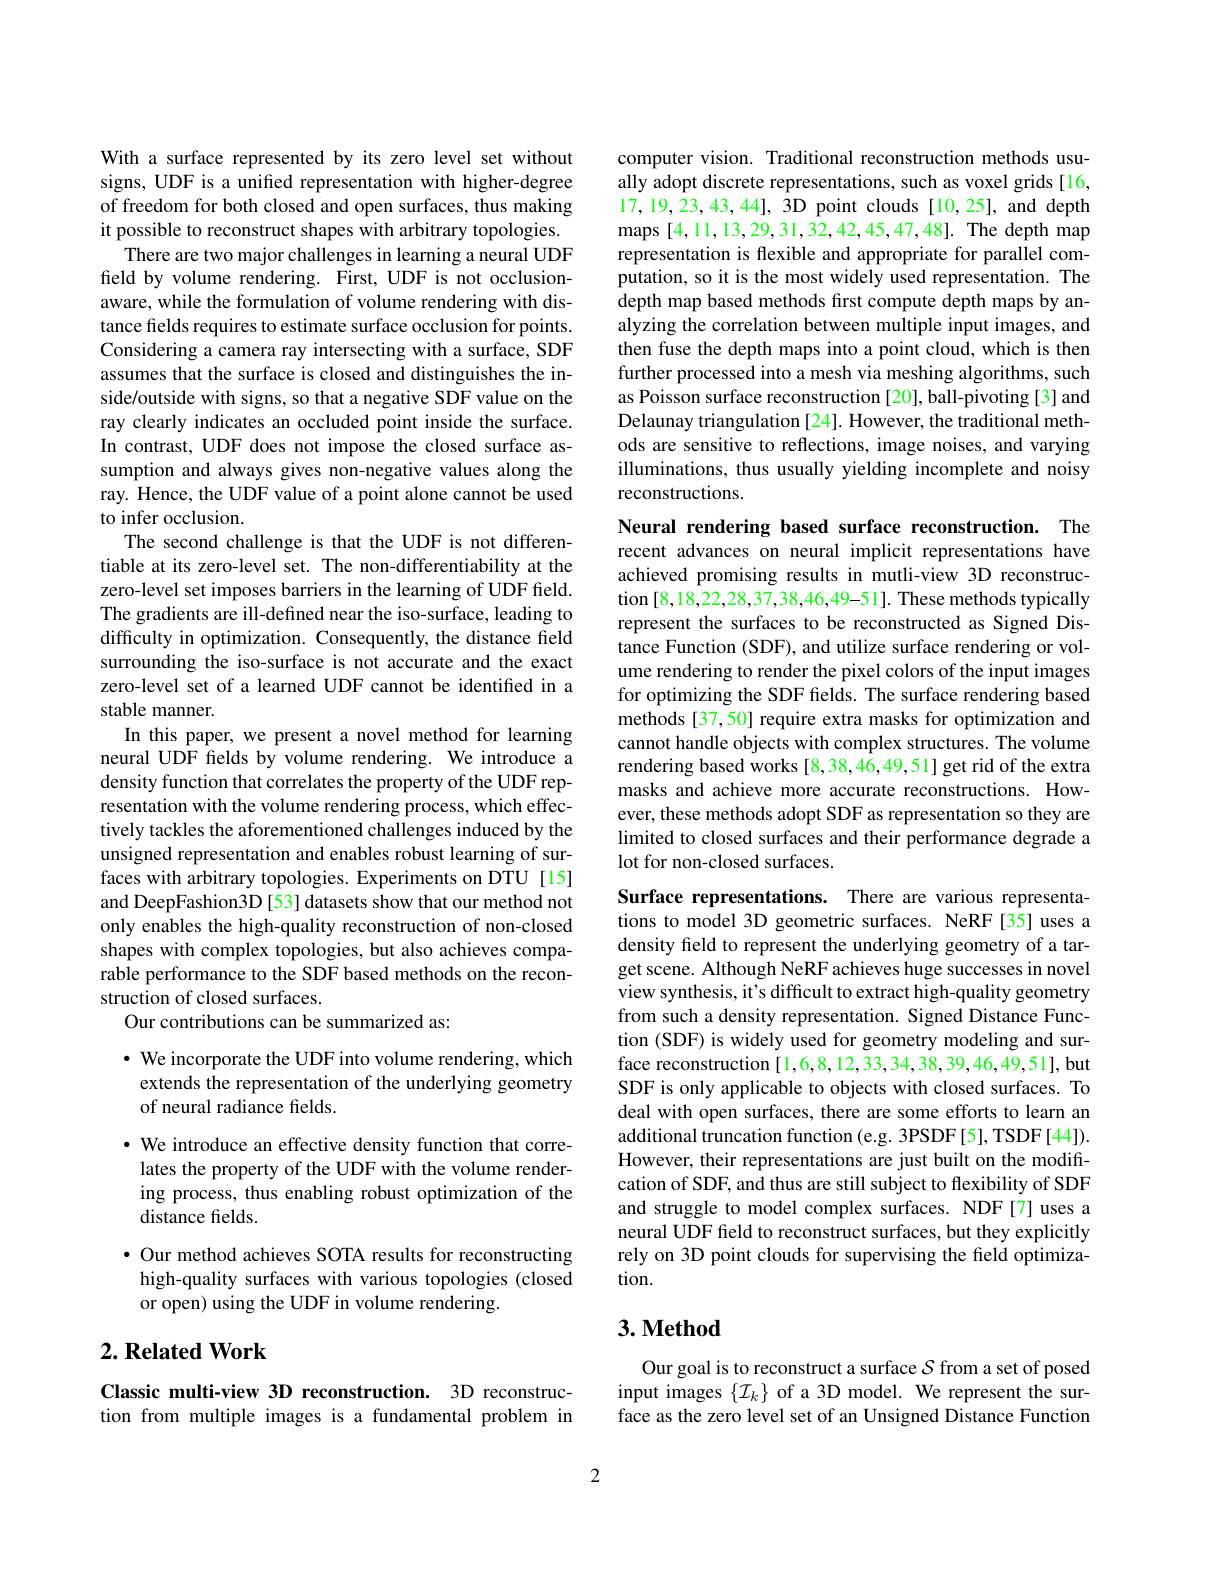
With a surface represented by its zero level set without signs, UDF is a unified representation with higher-degree of freedom for both closed and open surfaces, thus making it possible to reconstruct shapes with arbitrary topologies.
There are two major challenges in learning a neural UDF field by volume rendering. First, UDF is not occlusionaware, while the formulation of volume rendering with distance fields requires to estimate surface occlusion for points. Considering a camera ray intersecting with a surface, SDF assumes that the surface is closed and distinguishes the inside/outside with signs, so that a negative SDF value on the ray clearly indicates an occluded point inside the surface. In contrast, UDF does not impose the closed surface assumption and always gives non-negative values along the ray. Hence, the UDF value of a point alone cannot be used to infer occlusion.
The second challenge is that the UDF is not differentiable at its zero-level set. The non-differentiability at the zero-level set imposes barriers in the learning of UDF field. The gradients are ill-defined near the iso-surface, leading to difficulty in optimization. Consequently, the distance field surrounding the iso-surface is not accurate and the exact zero-level set of a learned UDF cannot be identified in a stable manner.
In this paper, we present a novel method for learning neural UDF fields by volume rendering. We introduce a density function that correlates the property of the UDF representation with the volume rendering process, which effectively tackles the aforementioned challenges induced by the unsigned representation and enables robust learning of surfaces with arbitrary topologies. Experiments on DTU [15] and DeepFashion3D [53] datasets show that our method not only enables the high-quality reconstruction of non-closed shapes with complex topologies, but also achieves comparable performance to the SDF based methods on the reconstruction of closed surfaces.
Our contributions can be summarized as:

$\cdot$ We incorporate the UDF into volume rendering, which extends the representation of the underlying geometry## of neural radiance fields.

· We introduce an effective density function that corre-
lates the property of the UDF with the volume rendering process, thus enabling robust optimization of the distance fields.

· Our method achieves SOTA results for reconstructing high-quality surfaces with various topologies (closed or open) using the UDF in volume rendering.

## $2. \textbf{Related Work}$

Classic multi-view 3D reconstruction. 3D reconstruction from multiple images is a fundamental problem in

computer vision. Traditional reconstruction methods usually adopt discrete representations, such as voxel grids [16, $17,19,23,43,44],\bar{3}$D point clouds[10,25], and depth maps [4,11,13,29,31,32,42,45,47,48]. The depth map representation is flexible and appropriate for parallel computation, so it is the most widely used representation. The depth map based methods first compute depth maps by analyzing the correlation between multiple input images, and then fuse the depth maps into a point cloud, which is then further processed into a mesh via meshing algorithms, such as Poisson surface reconstruction [20], ball-pivoting [3] and Delaunay triangulation [24]. However, the traditional methods are sensitive to reflections, image noises, and varying illuminations, thus usually yielding incomplete and noisy reconstructions.

Neural rendering based surface reconstruction. The recent advances on neural implicit representations have achieved promising results in mutli-view 3D reconstruction [8,18,22,28,37,38,46,49-51]. These methods typically represent the surfaces to be reconstructed as Signed Distance Function (SDF), and utilize surface rendering or volume rendering to render the pixel colors of the input images for optimizing the SDF felds. The surface rendering based methods [37,50] require extra masks for optimization and cannot handle objects with complex structures. The volume rendering based works [8,38,46,49,51] get rid of the extra masks and achieve more accurate reconstructions. However, these methods adopt SDF as representation so they are limited to closed surfaces and their performance degrade a lot for non-closed surfaces.

Surface representations. There are various representations to model 3D geometric surfaces. NeRF[35] uses a density field to represent the underlying geometry of a target scene. Although NeRF achieves huge successes in novel view synthesis, it's difficult to extract high-quality geometry from such a density representation. Signed Distance Function (SDF) is widely used for geometry modeling and surface reconstruction [1,6,8,12,33,34,38,39,46,49,51],but SDF is only applicable to objects with closed surfaces. To deal with open surfaces, there are some efforts to learn an additional truncation function (e.g. 3PSDF[5], TSDF[44]). However, their representations are just built on the modification of SDF, and thus are still subject to flexibility of SDF and struggle to model complex surfaces. NDF[7] uses a neural UDF field to reconstruct surfaces, but they explicitly rely on 3D point clouds for supervising the field optimization.

## $3. \textbf{Method}$

Our goal is to reconstruct a surface $\mathcal{S}$ from a set of posed input images $\{\mathcal{I}_k\}$ of a 3D model. We represent the surface as the zero level set of an Unsigned Distance Function

2